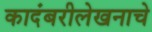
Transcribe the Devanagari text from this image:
कादंबरीलेखनाचे